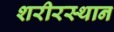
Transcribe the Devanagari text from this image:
शरीरस्थान